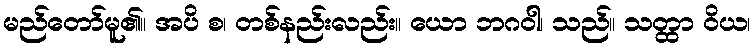
မည်တော်မူ၏။ အပိ စ၊ တစ်နည်းလည်း။ ယော ဘဂဝါ၊ သည်။ သတ္ထာ ဝိယ၊